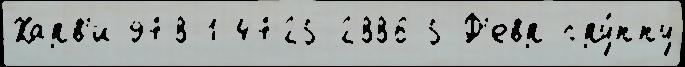
Харв'и 978-1-4725-2886-5 Ф'евр гру́ппу